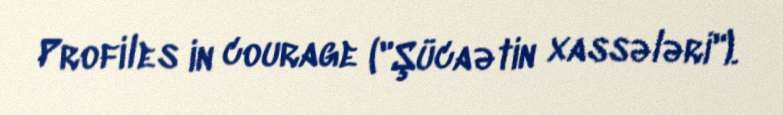
Profiles in courage ("Şücaətin xassələri").